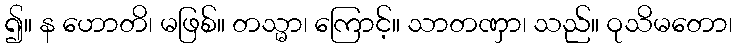
၍။ န ဟောတိ၊ မဖြစ်။ တသ္မာ၊ ကြောင့်။ သာတဏှာ၊ သည်။ ဝုသိမတော၊